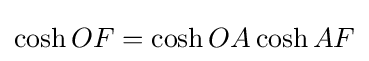
\cosh OF=\cosh OA\cosh AF